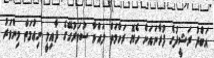
އަބްދު ރަޝީދުގެ ފުރާނައަށް ހެޔޮ ރަހްމަތް ލައްވާ ސުވަރުގޭގެ ދާއިމީ ނިޢުމަތް މިންވަރު